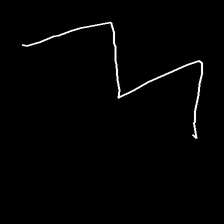
Glyph: crush